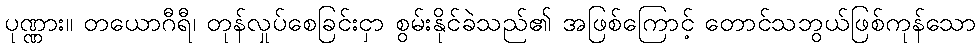
ပုဏ္ဏား။ တယောဂီရီ၊ တုန်လှုပ်စေခြင်းငှာ စွမ်းနိုင်ခဲသည်၏ အဖြစ်ကြောင့် တောင်သဘွယ်ဖြစ်ကုန်သော